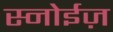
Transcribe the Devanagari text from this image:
स्नोईज़